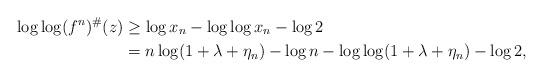
LaTeX: \begin{align*}\begin{aligned}\log\log (f^n)^\#(z)&\geq \log x_n -\log\log x_n -\log 2\\ &= n \log( 1+\lambda+\eta_n) - \log n- \log \log( 1+\lambda+\eta_n) -\log 2,\end{aligned}\end{align*}